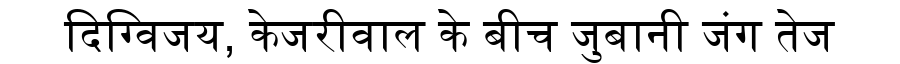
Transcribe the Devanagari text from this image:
दिग्विजय, केजरीवाल के बीच जुबानी जंग तेज